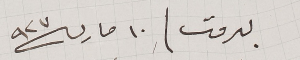
بيروت / ١٠ مارس سنة ٩٢٧